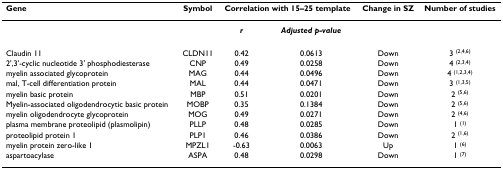
<table><thead><tr><td><b>Gene</b></td><td><b>Symbol</b></td><td colspan="2"><b>Correlation with 15–25 template</b></td><td><b>Change in SZ</b></td><td><b>Number of studies</b></td></tr></thead><tbody><tr><td></td><td></td><td><b><i>r</i></b></td><td><b><i>Adjusted p-value</i></b></td><td></td><td></td></tr><tr><td>Claudin 11</td><td>CLDN11</td><td>0.42</td><td>0.0613</td><td>Down</td><td>3 <sup>(2,4,6)</sup></td></tr><tr><td>2&#x27;,3&#x27;-cyclic nucleotide 3&#x27; phosphodiesterase</td><td>CNP</td><td>0.49</td><td>0.0258</td><td>Down</td><td>4 <sup>(2,3,4)</sup></td></tr><tr><td>myelin associated glycoprotein</td><td>MAG</td><td>0.44</td><td>0.0496</td><td>Down</td><td>4 <sup>(1,2,3,4)</sup></td></tr><tr><td>mal, T-cell differentiation protein</td><td>MAL</td><td>0.44</td><td>0.0471</td><td>Down</td><td>3 <sup>(1,3,5)</sup></td></tr><tr><td>myelin basic protein</td><td>MBP</td><td>0.51</td><td>0.0201</td><td>Down</td><td>2 <sup>(5,6)</sup></td></tr><tr><td>Myelin-associated oligodendrocytic basic protein</td><td>MOBP</td><td>0.35</td><td>0.1384</td><td>Down</td><td>2 <sup>(5,6)</sup></td></tr><tr><td>myelin oligodendrocyte glycoprotein</td><td>MOG</td><td>0.49</td><td>0.0271</td><td>Down</td><td>2 <sup>(4,6)</sup></td></tr><tr><td>plasma membrane proteolipid (plasmolipin)</td><td>PLLP</td><td>0.48</td><td>0.0285</td><td>Down</td><td>1 <sup>(1)</sup></td></tr><tr><td>proteolipid protein 1</td><td>PLP1</td><td>0.46</td><td>0.0386</td><td>Down</td><td>2 <sup>(1,6)</sup></td></tr><tr><td>myelin protein zero-like 1</td><td>MPZL1</td><td>-0.63</td><td>0.0063</td><td>Up</td><td>1 <sup>(6)</sup></td></tr><tr><td>aspartoacylase</td><td>ASPA</td><td>0.48</td><td>0.0298</td><td>Down</td><td>1 <sup>(7)</sup></td></tr></tbody></table>